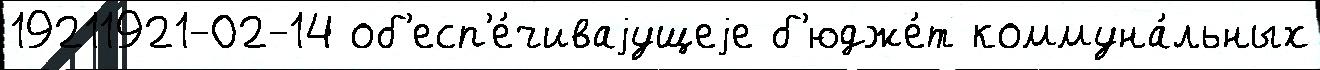
19211921-02-14 об'есп'е́чиваjущеjе б'юдже́т коммуна́льных